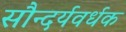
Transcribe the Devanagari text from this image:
सौन्दर्यवर्धक